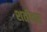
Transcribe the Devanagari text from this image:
शर्तीवर